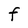
Character: F